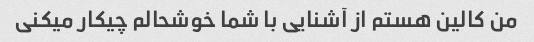
من کالین هستم از آشنایی با شما خوشحالم چیکار میکنی